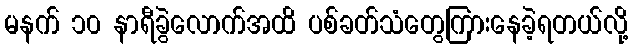
မနက် ၁၀ နာရီခွဲလောက်အထိ ပစ်ခတ်သံတွေကြားနေခဲ့ရတယ်လို့